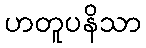
ဟတူပနိသာ